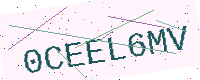
Text: 0CEEL6MV